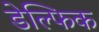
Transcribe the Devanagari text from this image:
डेल्फिक